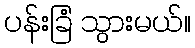
ပန်းခြံ သွားမယ်။